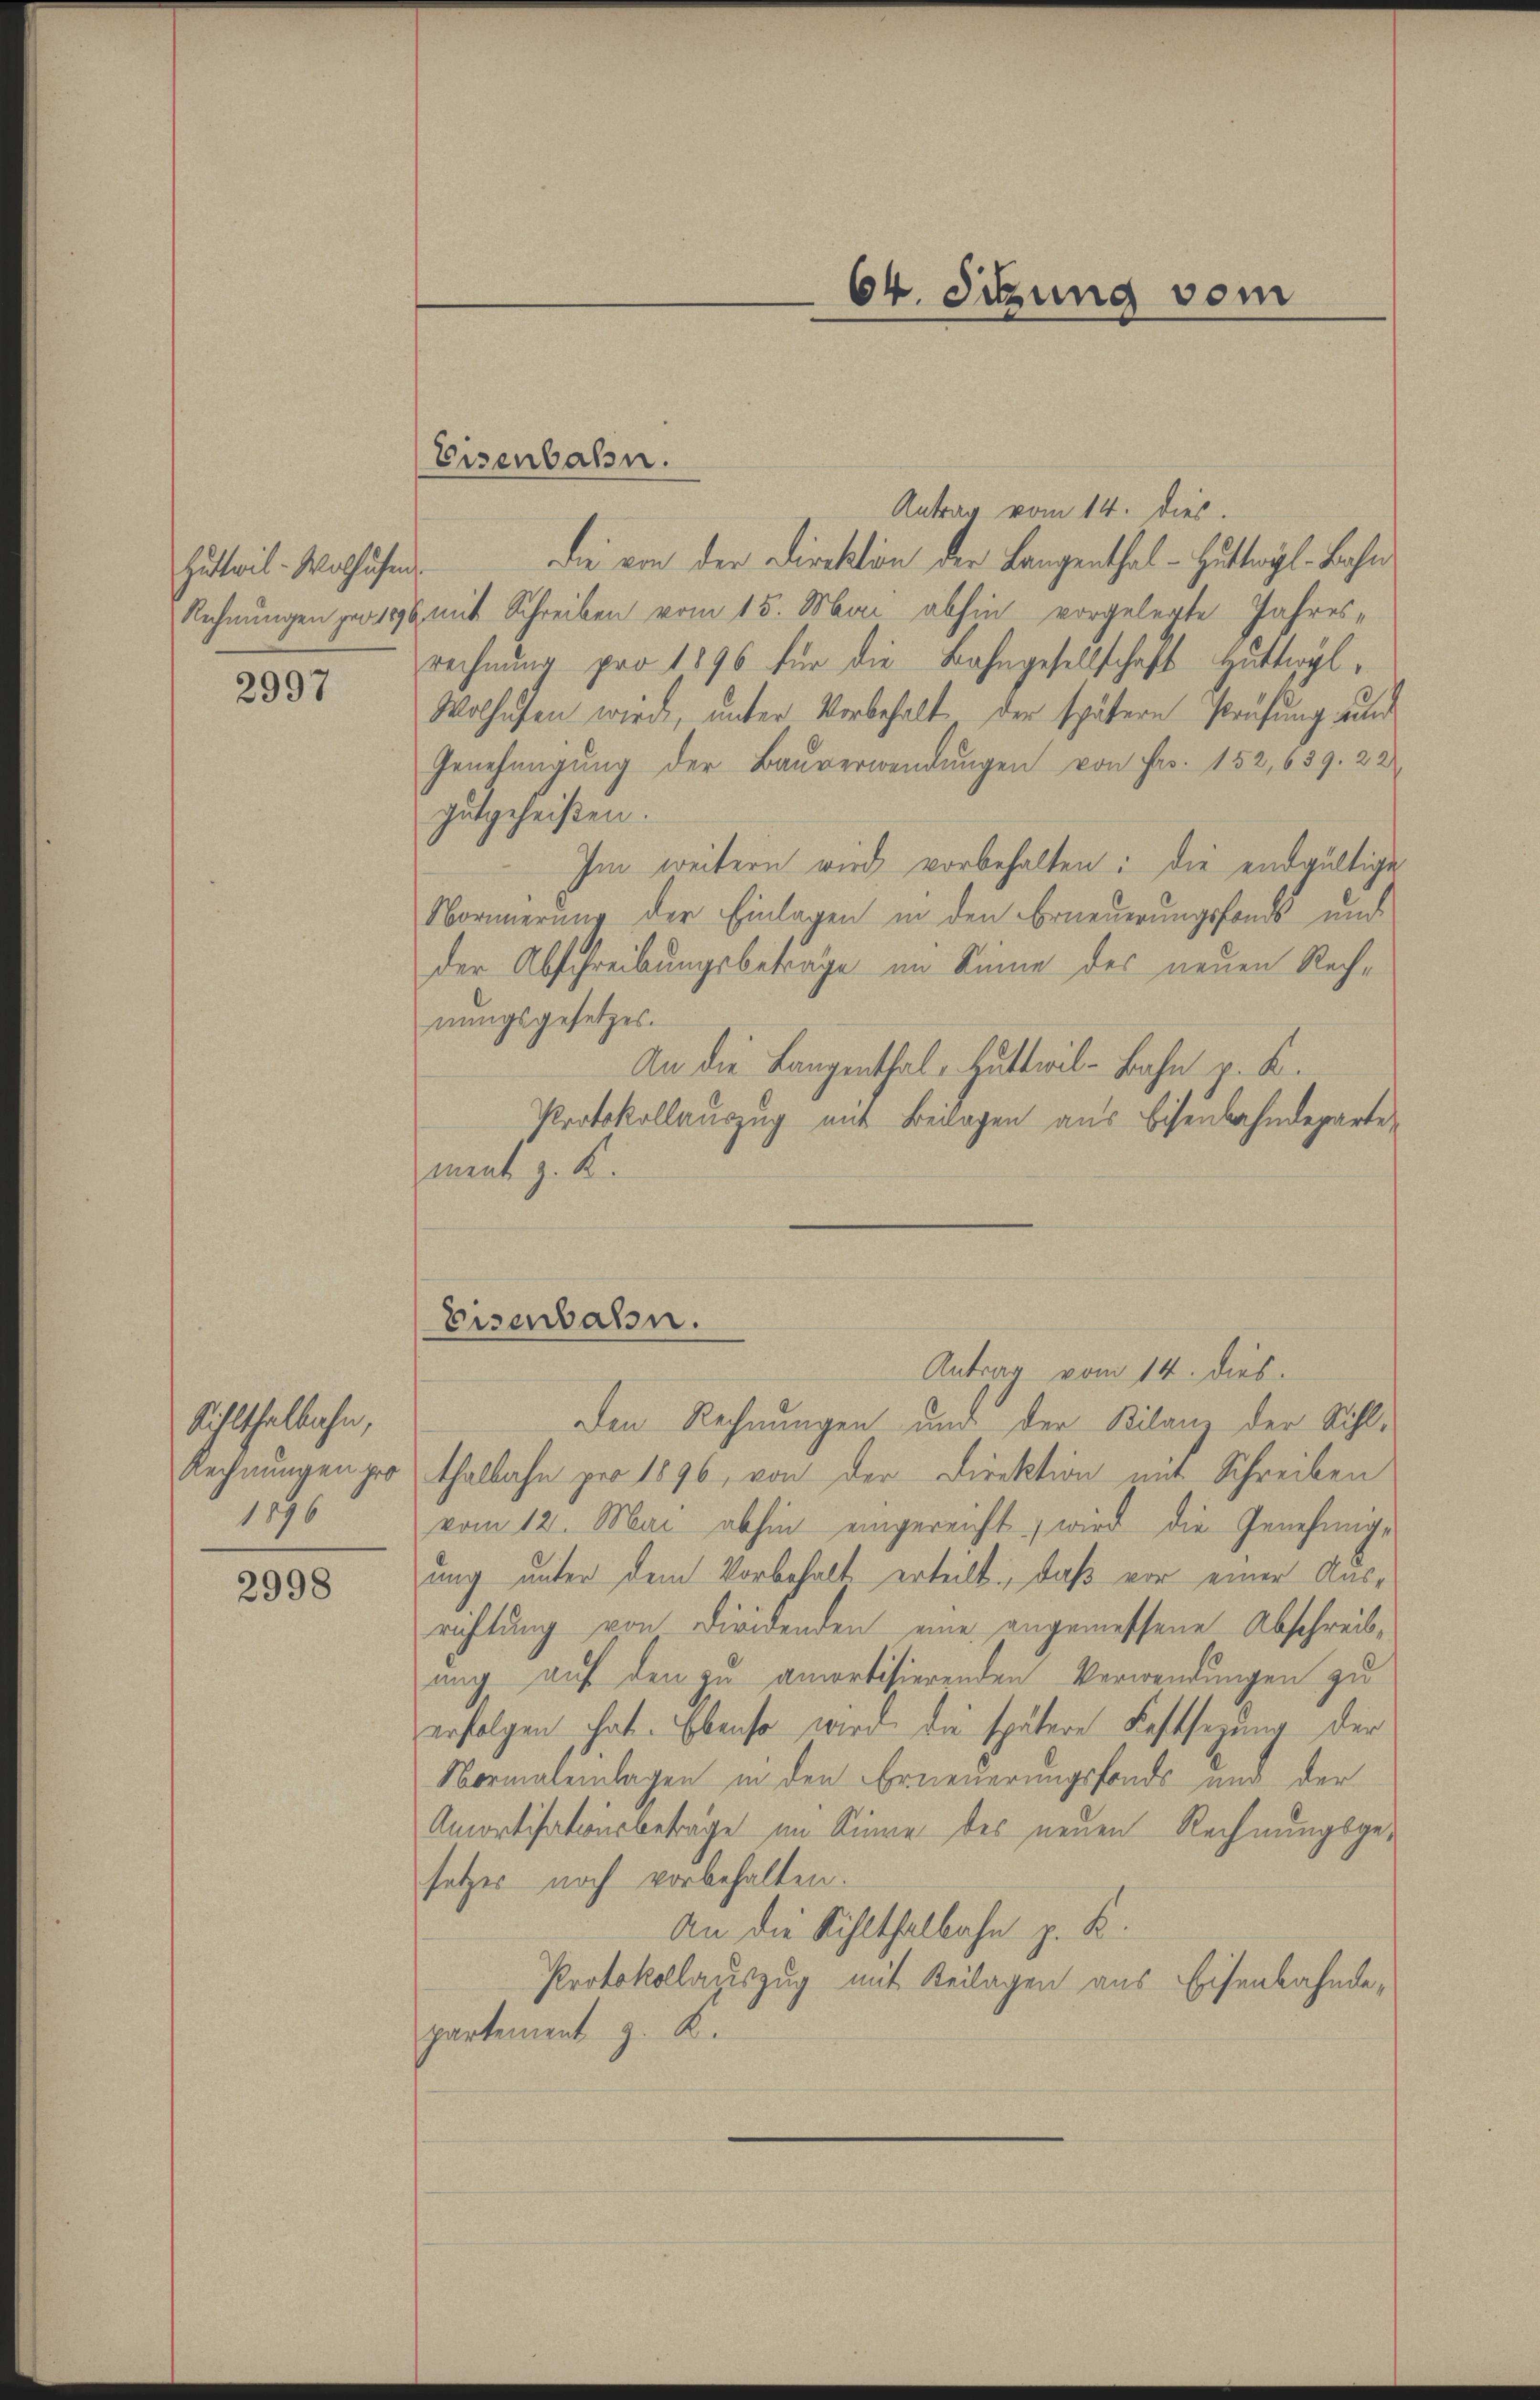
Huttwil-Wolhufen.
Rechnungen pro 1890

2997

Sihlthalbahn,
Rechnungen pro
1896

2998

Eisenbahn.

Antrag vom 14. dies
Die von der Direktion der Langenthal - Huteyl-Bahn
mit Schreiben vom 15. Mai abhin vorgelegte Jahresrechnung pro 1896 für die Bahngesellschaft Huttwyl,
Wolhufen wird, unter Vorbehalt der spätern Prüfung auch
Genehmigung der Bauverwendungen von Fr. 152, 639. 22
gutgeheißen.
Im weitern wird vorbehalten: die endgültige
Normerung der Einlagen in den Erneuerungsfonds und
der Abschreibungsbeträge im Sinne des neuen Rechnungsgesetzes.
An die Langenthal - Huttwil-Bahn p. K.
Protokollauszug mit Beilagen aus Eisenbahndeparte
ment z. K.
Eisenbahn.
Antrag vom 14. dies
Den Rechnungen und der Bilanz der Sihlthalbahn pro 1896, von der Direktion mit Schreiben
vom 12. Mai abhin eingereicht wird die Genehmige
ung unter dem Vorbehalt erteilt: daß vor einer Ausrichtung von Dividenden eine angemessene Abschreib-
ang auf den zu amortisierenden Verwendungen zu
erfolgen hat. Ebenso wird die spätere Festsezung der
Normaleinlagen in den Erneuerungsfonds und der
Amortisationsbetrage im Sinne des neuen Rechnungsgesetzes noch vorbehalten.
An die Sihlthalbahn z. B.
Protokollauszug mit Beilagen aus Eisenbahndepartement z. K.

64. Sitzung vom